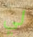
لي